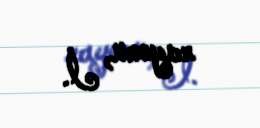
rayonu, İ.